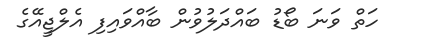
ހަތް ވަނަ ބޯޑު ބައްދަލުވުން ބާއްވައިފި އެލްޖީއޭގެ